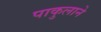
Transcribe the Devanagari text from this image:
पाकुलाने